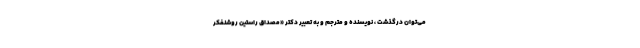
می‌توان درگذشت ، نویسنده و مترجم و به تعبیر دکتر «مصداق راستین روشنفکر